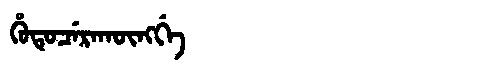
Manchu: ᡥᡠᡨᡠᠴᡝᡵᠠᡴᡡᠩᡤᡝ
Romanization: HUTUCERAKŪNGGE